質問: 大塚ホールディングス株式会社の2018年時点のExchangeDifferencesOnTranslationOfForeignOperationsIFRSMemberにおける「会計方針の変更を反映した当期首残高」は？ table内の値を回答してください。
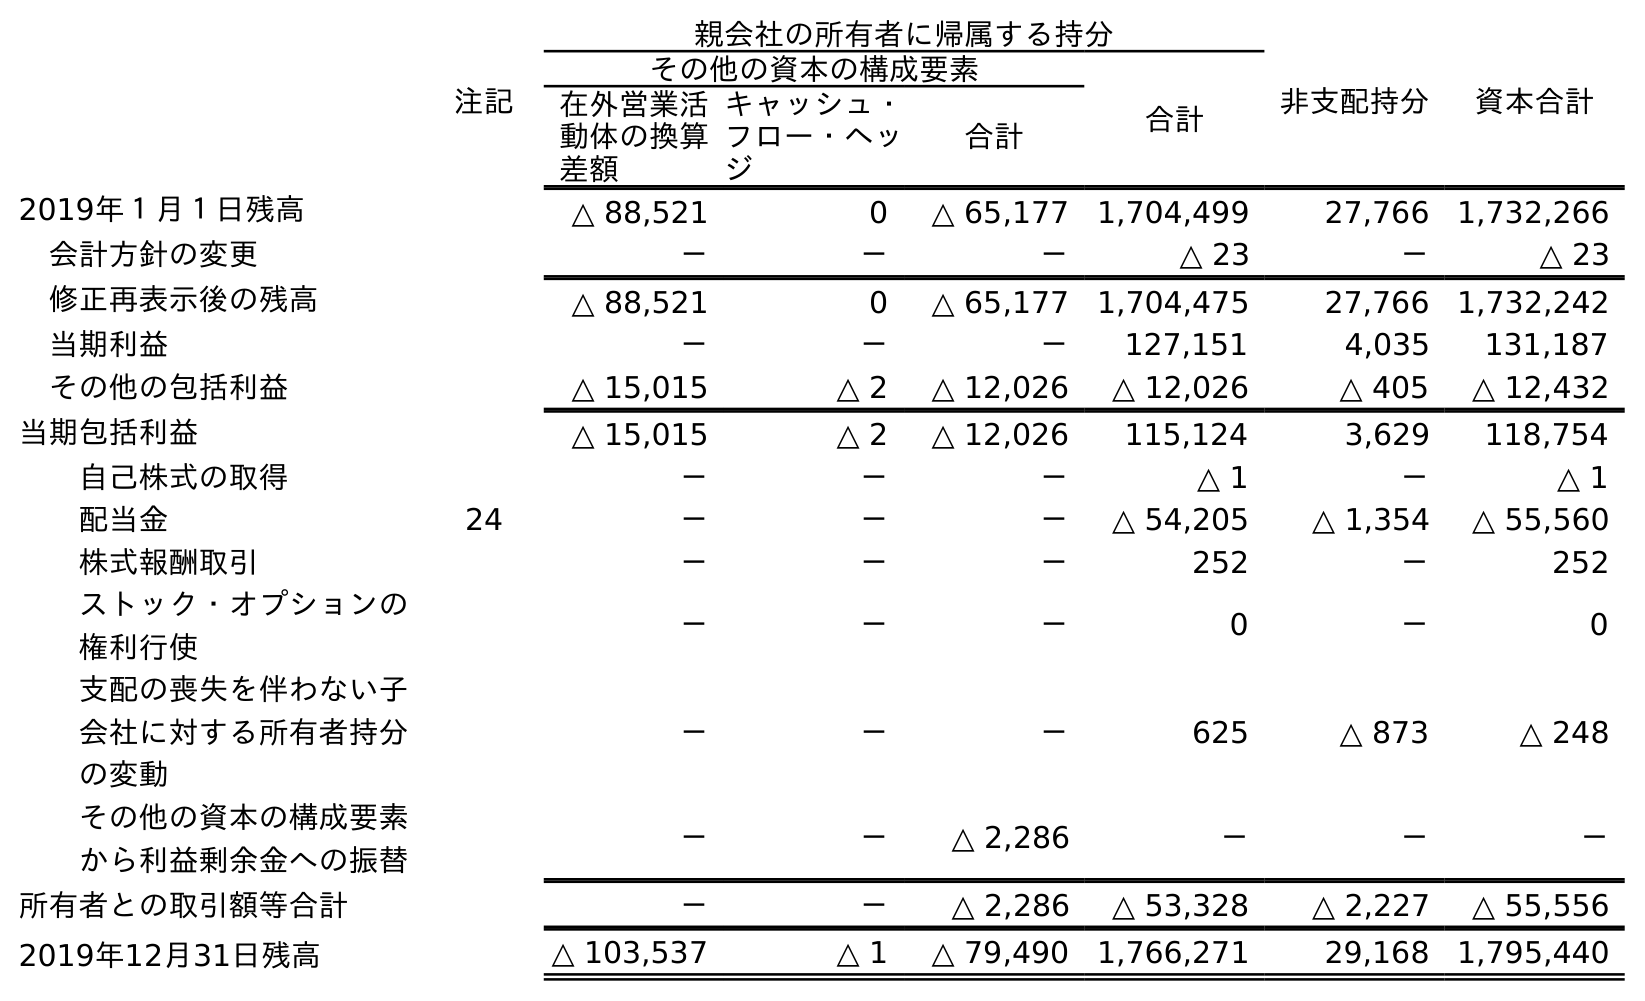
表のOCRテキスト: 注記 親会社の所有者に帰属する持分 非支配持分 資本合計 その他の資本の構成要素 合計 在外営業活 動体の換算 差額 キャッシュ・ フロー・ヘッ ジ 合計 2019年１月１日残高 △ 88,521 0 △ 65,177 1,704,499 27,766 1,732,266 会計方針の変更 － － － △ 23 － △ 23 修正再表示後の残高 △ 88,521 0 △ 65,177 1,704,475 27,766 1,732,242 当期利益 － － － 127,151 4,035 131,187 その他の包括利益 △ 15,015 △ 2 △ 12,026 △ 12,026 △ 405 △ 12,432 当期包括利益 △ 15,015 △ 2 △ 12,026 115,124 3,629 118,754 自己株式の取得 － － － △ 1 － △ 1 配当金 24 － － － △ 54,205 △ 1,354 △ 55,560 株式報酬取引 － － － 252 － 252 ストック・オプションの 権利行使 － － － 0 － 0 支配の喪失を伴わない子 会社に対する所有者持分 の変動 － － － 625 △ 873 △ 248 その他の資本の構成要素 から利益剰余金への振替 － － △ 2,286 － － － 所有者との取引額等合計 － － △ 2,286 △ 53,328 △ 2,227 △ 55,556 2019年12月31日残高 △ 103,537 △ 1 △ 79,490 1,766,271 29,168 1,795,440
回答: △88,521